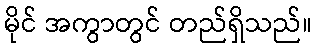
မိုင် အကွာတွင် တည်ရှိသည်။